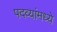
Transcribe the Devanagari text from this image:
पदव्यांमध्ये